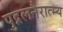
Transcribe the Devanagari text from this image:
पुद्गलनैरात्म्य